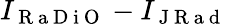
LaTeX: I_{\mathrm{~R~a~D~i~O~}}-I_{\mathrm{~J~R~a~d~}}